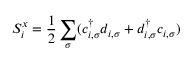
S _ { i } ^ { x } = \frac { 1 } { 2 } \sum _ { \sigma } ( c _ { i , \sigma } ^ { \dag } d _ { i , \sigma } + d _ { i , \sigma } ^ { \dag } c _ { i , \sigma } )